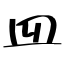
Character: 皿